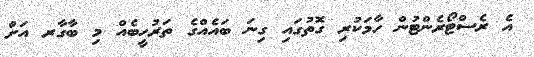
އެ ރެސްޓޯރެންޓުން ހާމަކުރި ގޮތުގައި ގިނަ ބައެއްގެ ތަރުހީބެއް މި ބާގާރ އަށް